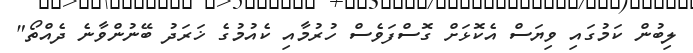
ލިބުން ކަމުގައި ވިޔަސް އެކޮޅަށް ގޮސްފަވެސް ހުރުމާއި ކެއުމުގެ ޚަރަދު ބޭނުންވާނެ ދެއްތޯ"